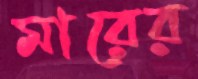
মারের